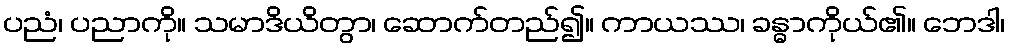
ပညံ၊ ပညာကို။ သမာဒိယိတွာ၊ ဆောက်တည်၍။ ကာယဿ၊ ခန္ဓာကိုယ်၏။ ဘေဒါ၊